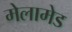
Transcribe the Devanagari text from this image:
मेलामेड